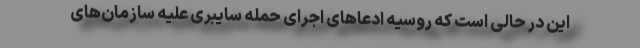
این در حالی است که روسیه ادعاهای اجرای حمله سایبری علیه سازمان‌های